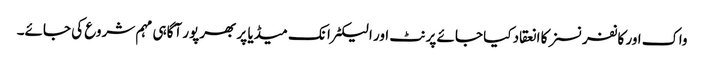
واک اور کانفرنسز کا انعقاد کیا جائے پرنٹ اور الیکٹرانک میڈیا پر بھرپور آگاہی مہم شروع کی جائے۔